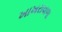
ખાખરાવાળા